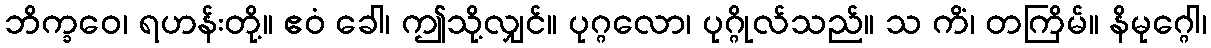
ဘိက္ခဝေ၊ ရဟန်းတို့။ ဧဝံ ခေါ၊ ဤသို့လျှင်။ ပုဂ္ဂလော၊ ပုဂ္ဂိုလ်သည်။ သ ကိံ၊ တကြိမ်။ နိမုဂ္ဂေါ၊